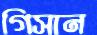
গিসান